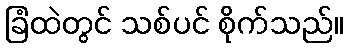
ခြံထဲတွင် သစ်ပင် စိုက်သည်။